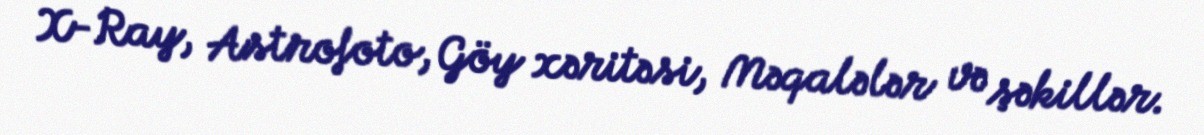
X-Ray, Astrofoto, Göy xəritəsi, Məqalələr və şəkillər.